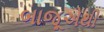
બાજૂએથી